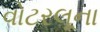
વોટરલૂના